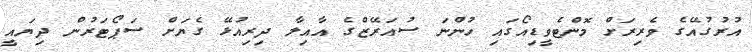
އުރުގުއޭގެ ވެރިރަށް މޮންޓެވީޑިއޯގައި ހުންނަ ސުއަރޭޒްގެ އާއިލާ ދިރިއުޅޭ ގެޔަށް ސަޕޯޓަރުން ދިޔައީ